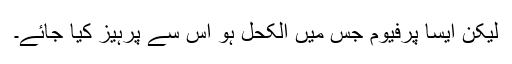
لیکن ایسا پرفیوم جس میں الکحل ہو اس سے پرہیز کیا جائے۔